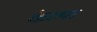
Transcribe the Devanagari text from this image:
केल्‍या